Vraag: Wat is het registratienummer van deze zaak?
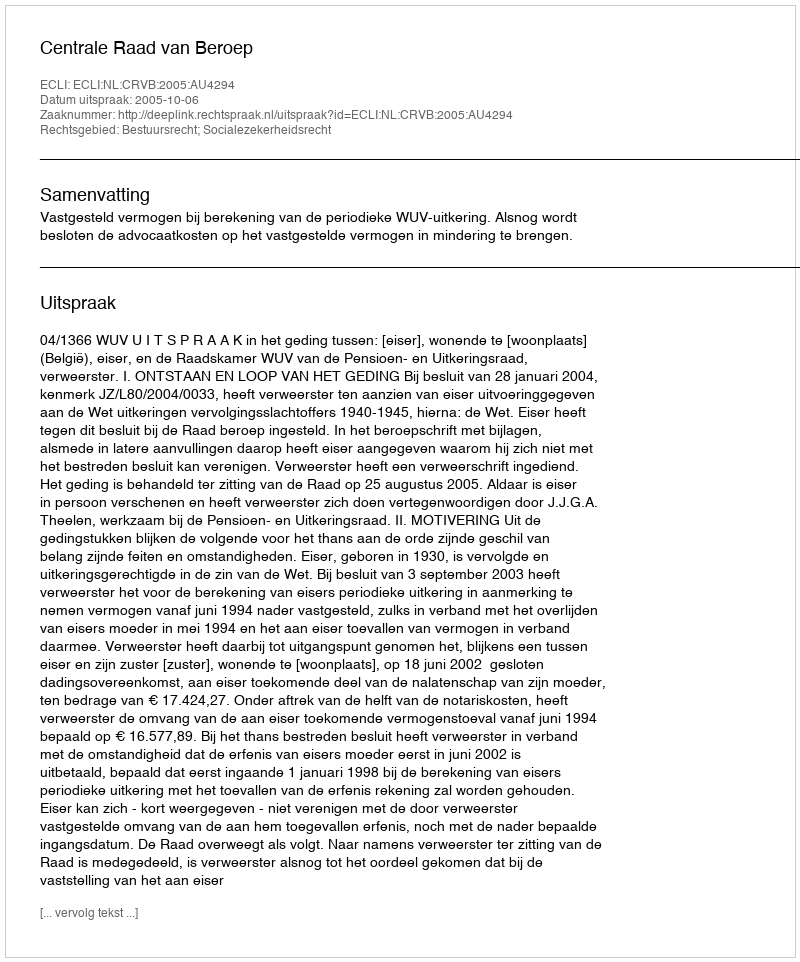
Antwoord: http://deeplink.rechtspraak.nl/uitspraak?id=ECLI:NL:CRVB:2005:AU4294